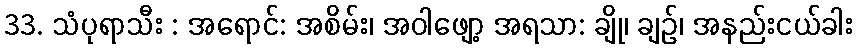
33. သံပုရာသီး : အရောင်: အစိမ်း၊ အဝါဖျော့ အရသာ: ချို၊ ချဉ်၊ အနည်းငယ်ခါး